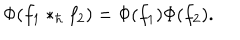
\Phi ( f _ { 1 } \ast _ { \hbar } f _ { 2 } ) = \Phi ( f _ { 1 } ) \Phi ( f _ { 2 } ) .